画像に写った文字を読んでください
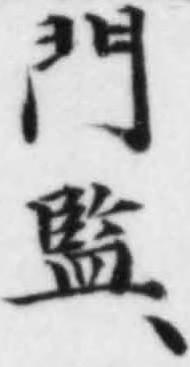
「門監、」と書いてあります